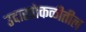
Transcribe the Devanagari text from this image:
उदारपोकळीतील